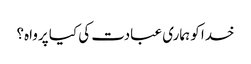
خدا کو ہماری عبادت کی کیا پرواہ؟